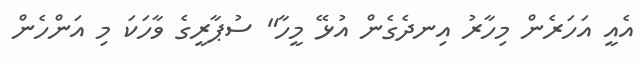
އެއީ އަހަރެން މިހާރު އިނދެގެން އުޅޭ މީހާ" ސުޕާރީގެ ވާހަކަ މި އަންހެން